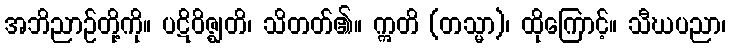
အဘိညာဉ်တို့ကို။ ပဋိဝိဇ္ဈတိ၊ သိတတ်၏။ ဣတိ (တသ္မာ)၊ ထိုကြောင့်။ သီဃပညာ၊